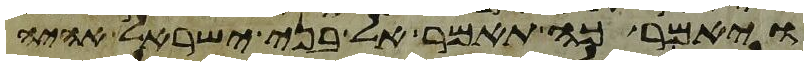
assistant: ויאמר כה תאמר אל בני ישראל אהיה